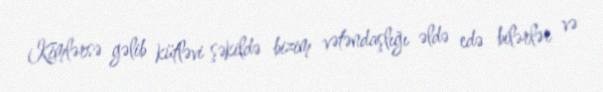
Kimlərsə gəlib kütləvi şəkildə bizim vətəndaşlığı əldə edə bilərlər və